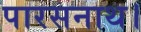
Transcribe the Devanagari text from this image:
पारसनाथ।